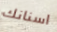
اسنانك